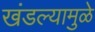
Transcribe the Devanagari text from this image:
खंडल्यामुळे